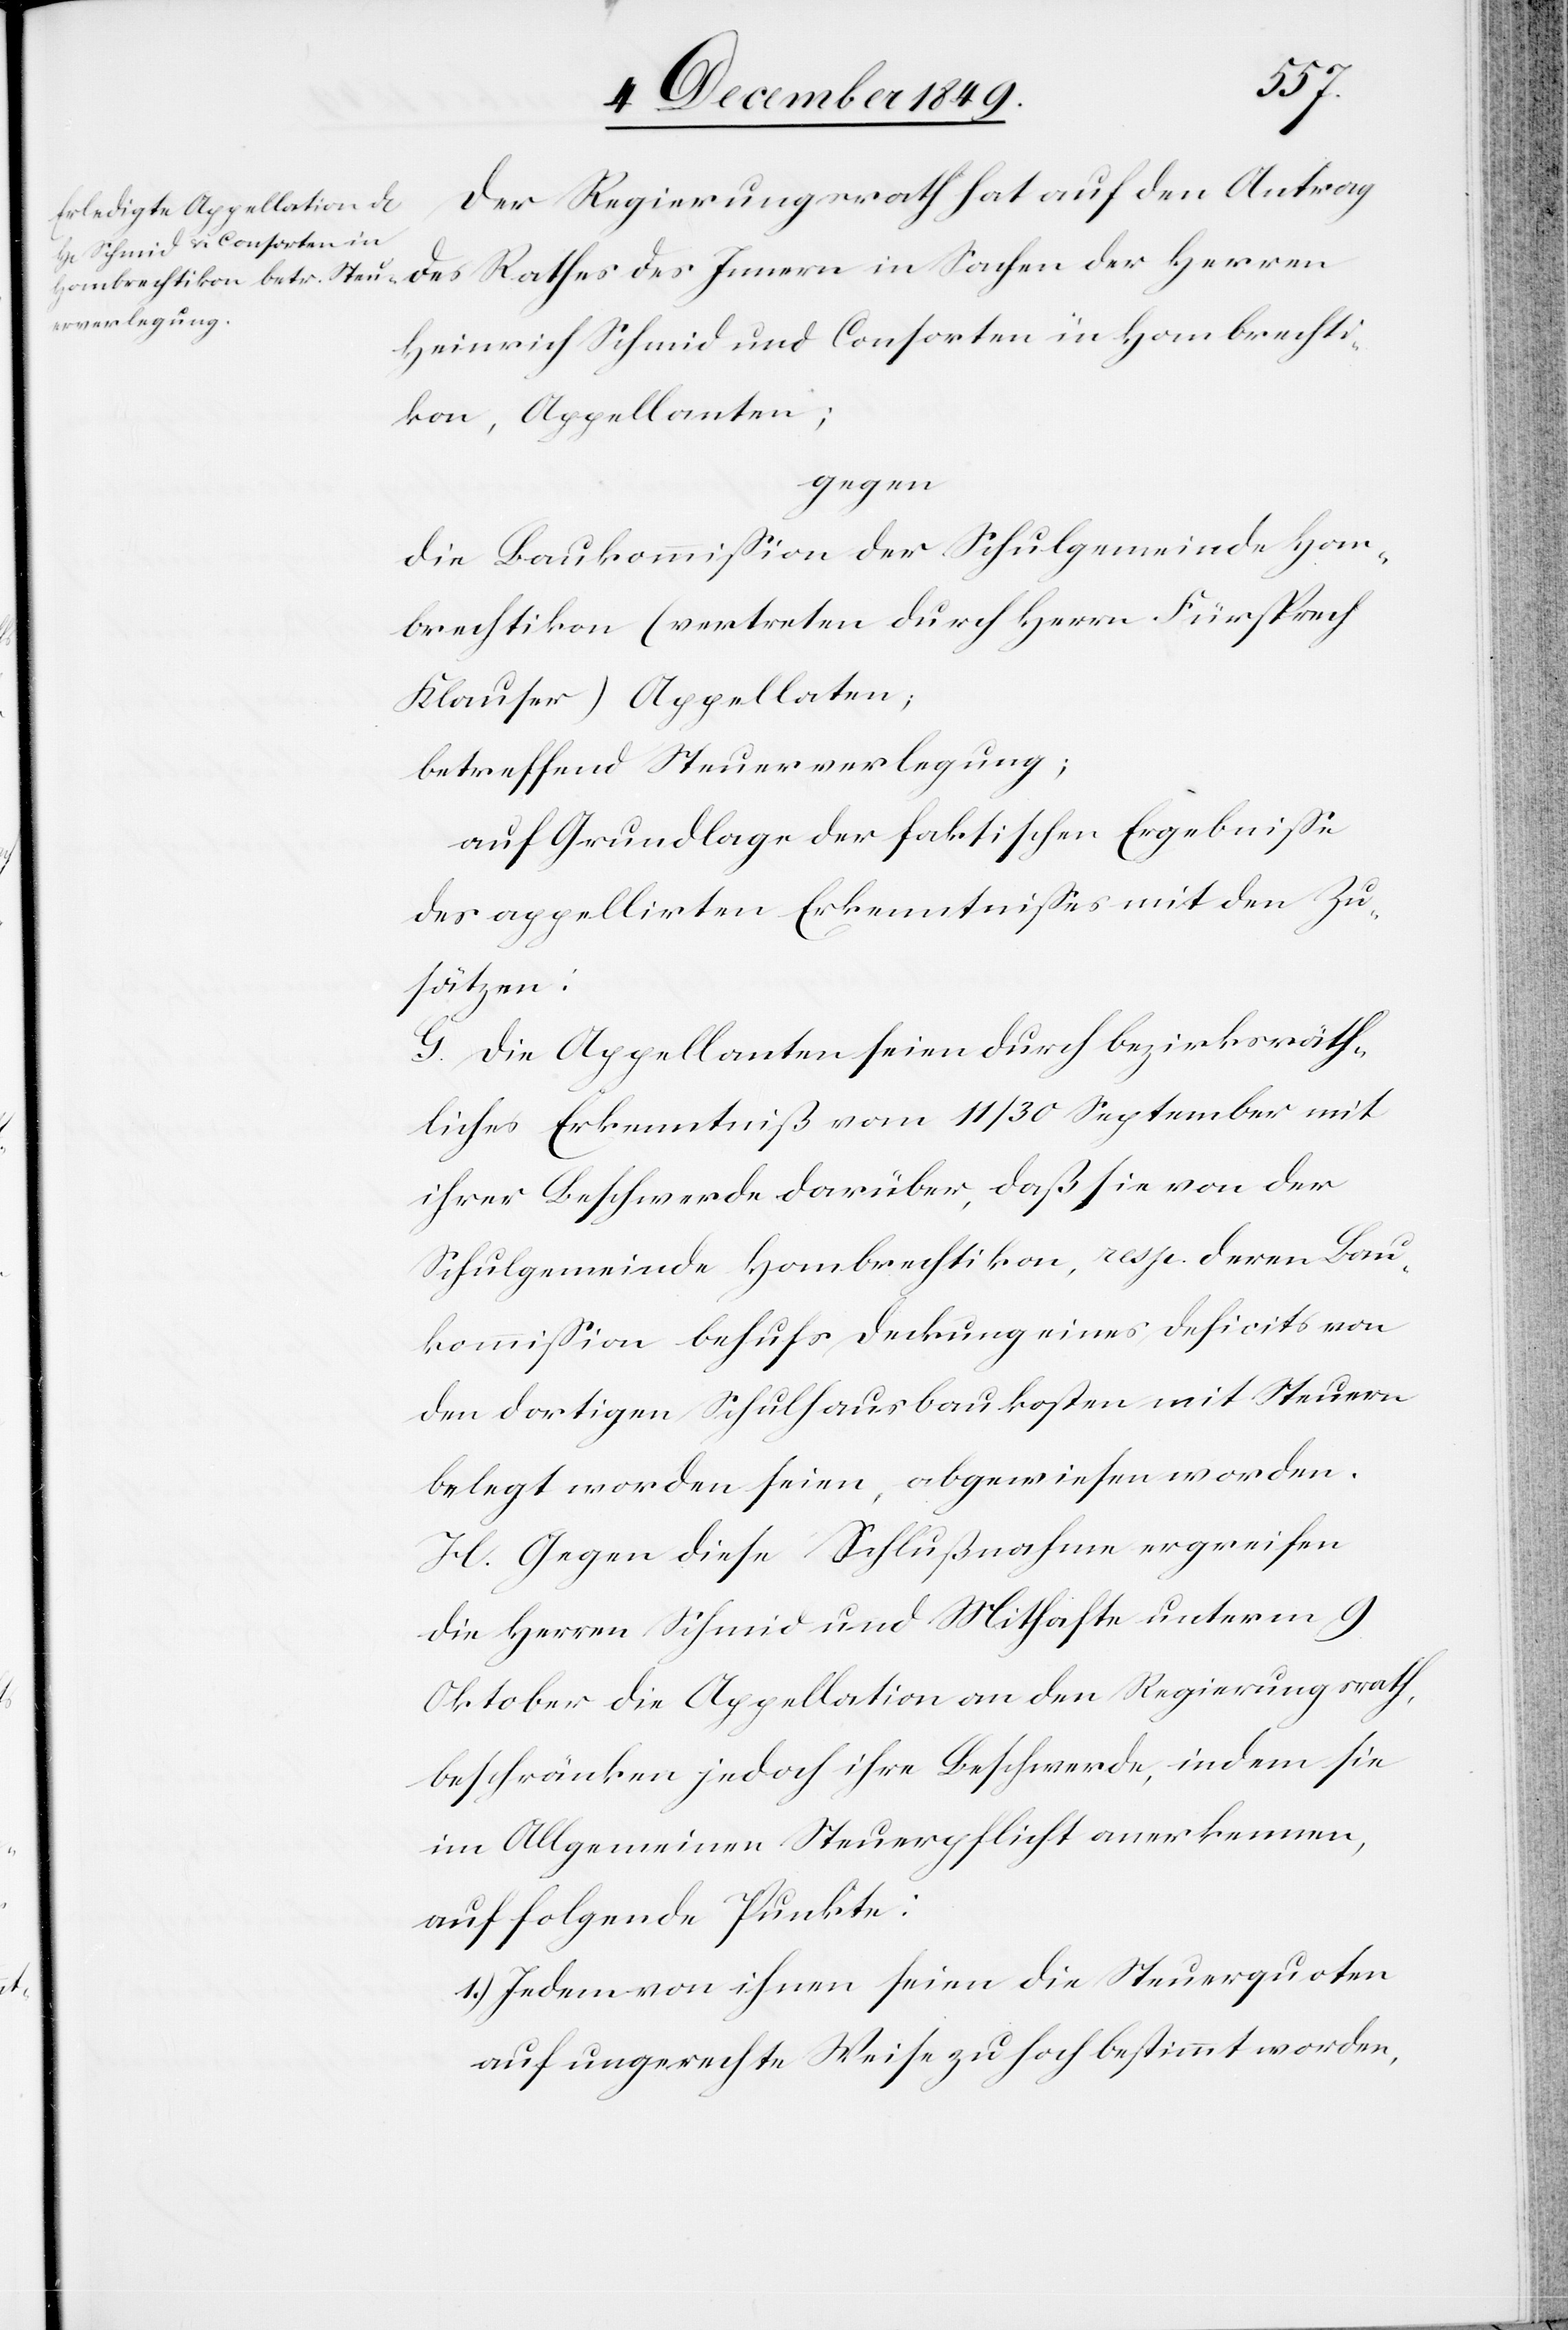
Der Regierungsrath hat auf den Antrag
Heinrich Schmid und Consorten in Hombrechti¬
kon, Appellanten;
gegen
Die Baukommißion der Schulgemeinde Hom¬
brechtikon (vertreten durch Herrn Fürsprech
Klauser) Appellate;
betreffend Steuerverlegung;
auf Grundlage der faktischen Ergebniße
des appellirten Erkenntnißes mit den Zu¬
sätzen:
G. Die Appellanten seien durch bezirksräth¬
liches Erkenntniß vom 11/30 September mit
ihrer Beschwerde darüber, daß sie von der
Schulgemeinde Hombrechtikon, resp. deren Bau¬
kommißion behufs Deckung eines Deficits von
den dortigen Schulhausbaukosten mit Steuern
belegt worden seien, abgewiesen worden.
H. Gegen diese Schlußnahme ergreifen
die Herrn Schmid und Mithafte unterm 9
Oktober die Appellation an den Regierungsrath,
beschränken jedoch ihre Beschwerde, indem sie
im Allgemeinen [die] Steuerpflicht anerkennen,
auf folgende Punkte:
1.) Jedem von ihnen seien die Steuerquoten
auf ungerechte Weise zu hoch bestimmt worden,